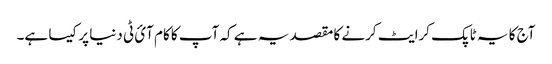
آج کا یہ ٹاپک کرایٹ کرنے کا مقصد یہ ہے کہ آپ کا کام آئ ٹی دنیا پر کیسا ہے۔